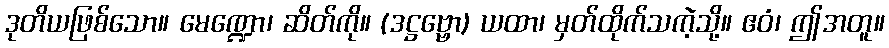
ဒုတိယဖြစ်သော။ မေဏ္ဍော၊ ဆိတ်ကို။ (ဒဋ္ဌဗ္ဗော) ယထာ၊ မှတ်ထိုက်သကဲ့သို့။ ဧဝံ၊ ဤအတူ။